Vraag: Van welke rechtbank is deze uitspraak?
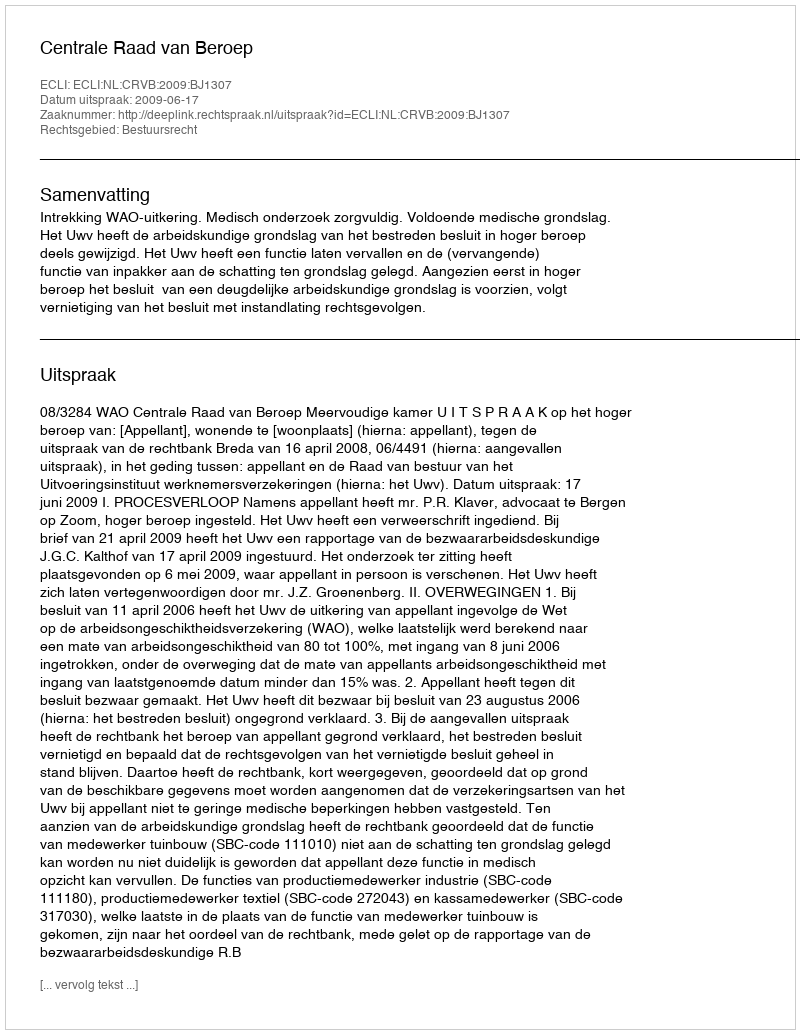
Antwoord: Centrale Raad van Beroep